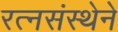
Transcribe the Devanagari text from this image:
रत्नसंस्थेने